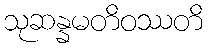
သုဆန္နမတိဝဿတိ